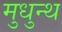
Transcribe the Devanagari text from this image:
मुधुन्थ